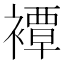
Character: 𧝓